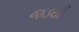
જડથી